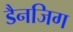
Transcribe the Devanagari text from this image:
डैनजिग